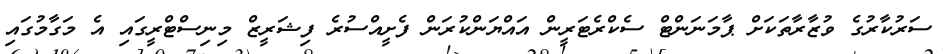
ސަރުކާރުގެ ވުޒާރާތަކަށް ޕާމަނަންޓް ސެކްރެޓަރީން އައްޔަންކުރަންް ފެށީއްސުރެ ފިޝަރީޒް މިނިސްޓްރީގައި އެ މަގާމުގައި